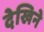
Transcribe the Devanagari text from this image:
देखिने